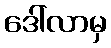
ဒေါ်လာမှ